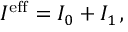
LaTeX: I ^ { \mathrm { e f f } } = I _ { 0 } + I _ { 1 } \, ,